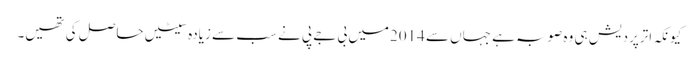
کیونکہ اترپردیش ہی وہ صوبہ ہے جہاں سے 2014میں بی جے پی نے سب سے زیادہ سیٹیں حاصل کی تھیں۔